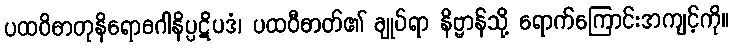
ပထဝိဓာတုနိရောဓဂါနိပ္ပဋိပဒံ၊ ပထဝီဓာတ်၏ ချုပ်ရာ နိဗ္ဗာန်သို့ ရောက်ကြောင်းအကျင့်ကို။